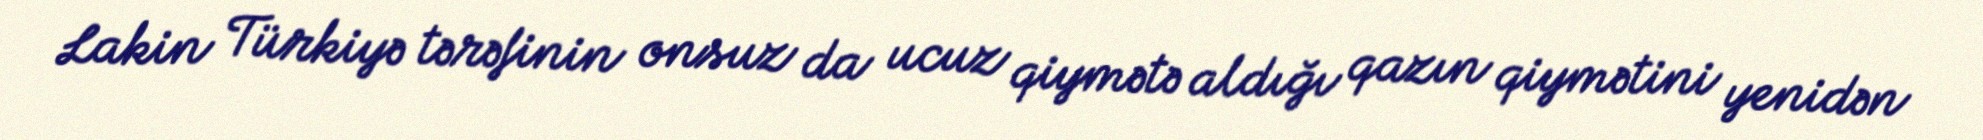
Lakin Türkiyə tərəfinin onsuz da ucuz qiymətə aldığı qazın qiymətini yenidən